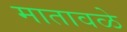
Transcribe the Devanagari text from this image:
मातावळे